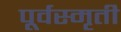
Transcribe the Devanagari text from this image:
पूर्वस्मृती